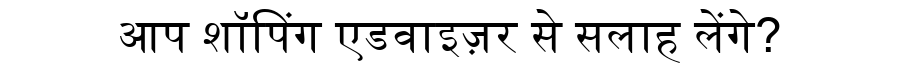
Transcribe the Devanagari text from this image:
आप शॉपिंग एडवाइज़र से सलाह लेंगे?